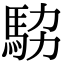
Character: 𩢊